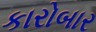
કારોબાર